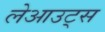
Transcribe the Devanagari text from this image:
लेआउट्स